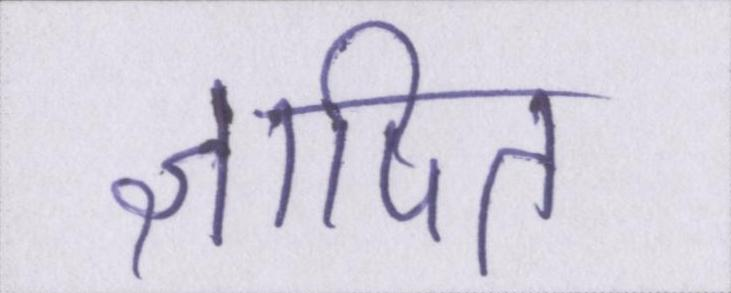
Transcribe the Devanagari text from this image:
ज्ञापित